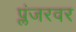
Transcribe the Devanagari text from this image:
प्लंजरवर